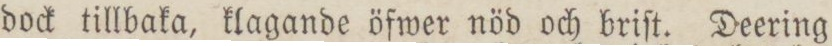
dock tillbaka, klagande öfwer nöd och briſt. Deering